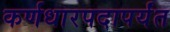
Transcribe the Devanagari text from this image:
कर्णधारपदापर्यंत